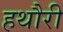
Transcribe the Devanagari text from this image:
हथौरी